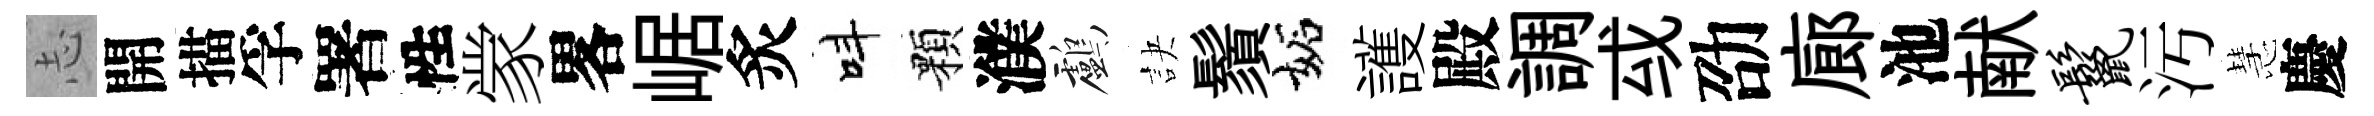
𢖽開描孚署性䝉畧崌炙呌顆濮鸕訣鬚妬護殿調㦯劭廊池献鬣汚慧慶